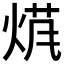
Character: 𱫖